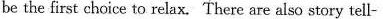
be the first choice to relax. There are also story tell-